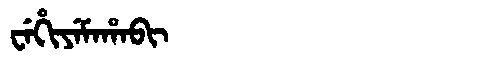
Manchu: ᠸᡝᡥᡳᠶᡝᠮᠠᡥᠠᠪᡳ
Romanization: WEHIYEMAHABI